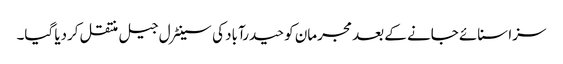
سزا سنائے جانے کے بعد مجرمان کو حیدرآباد کی سینٹرل جیل منتقل کردیا گیا۔